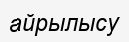
айрылысу